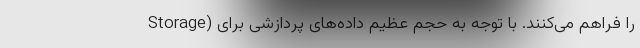
Storage) را فراهم می‌کنند. با توجه به حجم عظیم داده‌های پردازشی برای